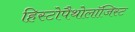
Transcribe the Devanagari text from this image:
हिस्टोपैथोलॉजिस्ट